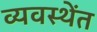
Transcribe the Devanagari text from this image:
व्यवस्थेंत